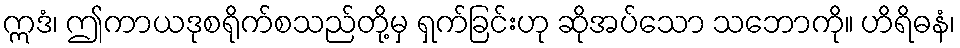
ဣဒံ၊ ဤကာယဒုစရိုက်စသည်တို့မှ ရှက်ခြင်းဟု ဆိုအပ်သော သဘောကို။ ဟိရိဓနံ၊